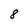
Character: 8